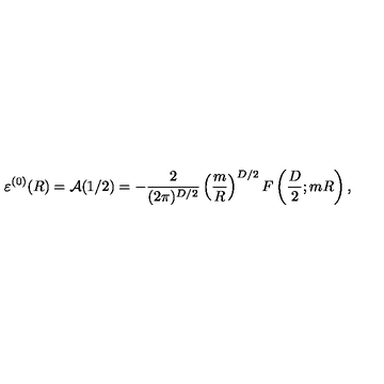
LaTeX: \varepsilon ^ { ( 0 ) } ( R ) = { \cal A } ( 1 / 2 ) = - \frac { 2 } { ( 2 \pi ) ^ { D / 2 } } \left( \frac { m } { R } \right) ^ { D / 2 } F \left( \frac { D } { 2 } ; m R \right) ,